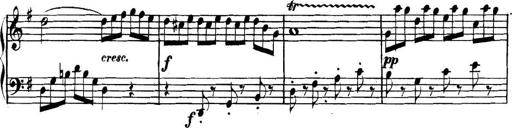
Title: Collected Piano Sonatas
Composer: Muzio Clementi